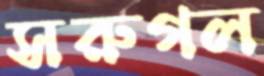
সরুগল